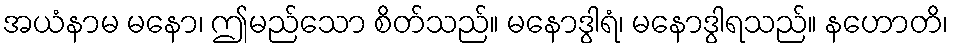
အယံနာမ မနော၊ ဤမည်သော စိတ်သည်။ မနောဒွါရံ၊ မနောဒွါရသည်။ နဟောတိ၊